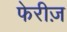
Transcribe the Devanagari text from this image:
फेरीज़